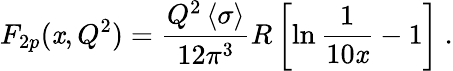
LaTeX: F_{2p}(\mathit{x},Q^{2})={\frac{{Q^{2}\left<\sigma\right>}}{{12\pi^{3}}}}R\left[\ln{\frac{{1}}{{10\mathit{x}}}}-1\right]\ .